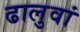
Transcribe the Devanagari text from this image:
ढालुवां